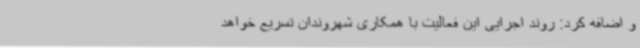
و اضافه کرد: روند اجرایی این فعالیت با همکاری شهروندان تسریع خواهد